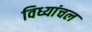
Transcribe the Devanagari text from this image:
विध्यांचल